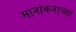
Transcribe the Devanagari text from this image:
मानांकनाच्या